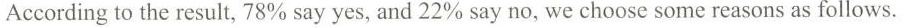
According to the result,78% say yes, and 22% say no, we choose some reasons as follows.